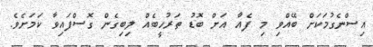
އިސްނެގުމަކަށް ބޭއްވި މި ފެއާ އަށް ބޮޑު ތަރުހީބެއް ލިބިގެން ގޮސްފައިވާ ކަމަށެވެ.